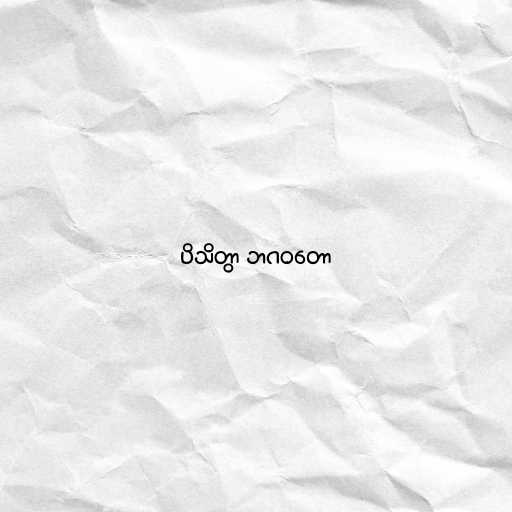
ပိသိတွာ ဘဂဝတော